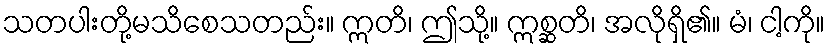
သတပါးတို့မသိစေသတည်း။ ဣတိ၊ ဤသို့။ ဣစ္ဆတိ၊ အလိုရှိ၏။ မံ၊ ငါ့ကို။